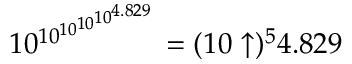
1 0 ^ { 1 0 ^ { 1 0 ^ { 1 0 ^ { 1 0 ^ { 4 . 8 2 9 } } } } } = ( 1 0 \uparrow ) ^ { 5 } 4 . 8 2 9